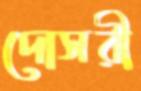
দোসরী